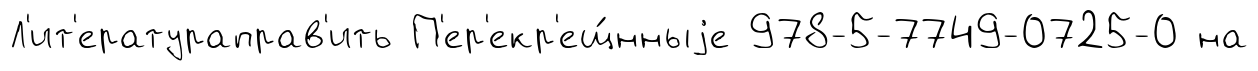
Л'ит'ератураправ'ить П'ер'екр'ещ́нныjе 978-5-7749-0725-0 на